Leprosy in India: report of the Leprosy Commission in India, 1890-91
Year: 1890
Disease focus: Leprosy
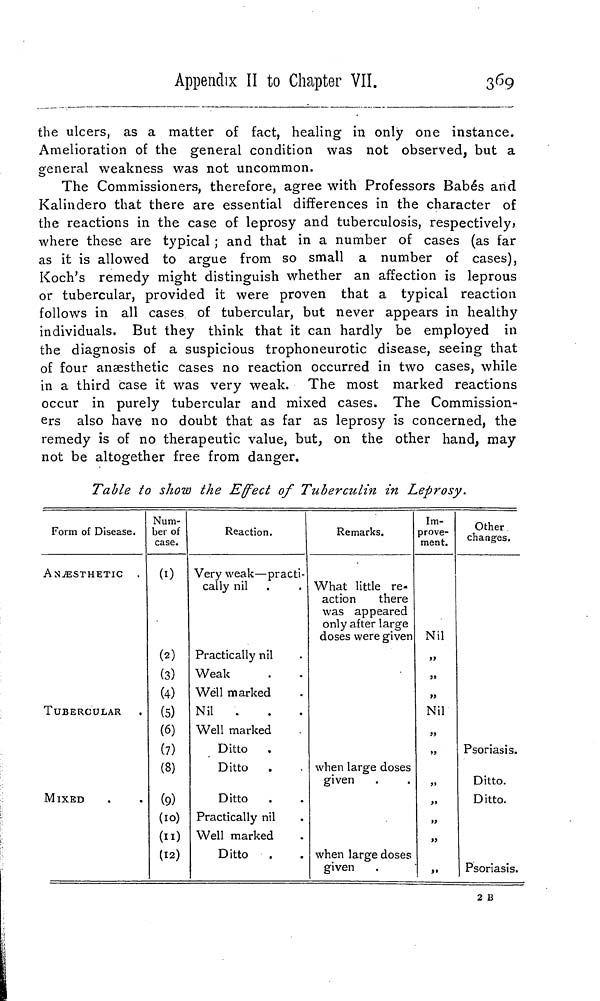
Appendix II to Chapter VII.
369
the ulcers, as a matter of fact, healing in only one instance.
Amelioration of the general condition was not observed, but a
general weakness was not uncommon.
The Commissioners, therefore, agree with Professors Babés and
Kalindero that there are essential differences in the character of
the reactions in the case of leprosy and tuberculosis, respectively»
where these are typical ; and that in a number of cases (as far
as it is allowed to argue from so small a number of cases),
Koch's remedy might distinguish whether an affection is leprous
or tubercular, provided it were proven that a typical reaction
follows in all cases of tubercular, but never appears in healthy
individuals. But they think that it can hardly be employed in
the diagnosis of a suspicious trophoneurotic disease, seeing that
of four anaesthetic cases no reaction occurred in two cases, while
in a third case it was very weak. The most marked reactions
occur in purely tubercular and mixed cases. The Commission-
ers also have no doubt that as far as leprosy is concerned, the
remedy is of no therapeutic value, but, on the other hand, may
not be altogether free from danger.
Table to show the Effect of Tuberculin in Leprosy.
Form of Disease.
ANÆSTHETIC
.
TUBERCULAR
MIXED
Num-
ber of
case.
(0
(2)
(3)
(4)
(5)
(6)
(7)
(8)
(9)
(10)
(11)
(12)
Reaction.
Very weak—practi-
cally nil
Practically nil
Weak
Well marked
Nil
...
Well marked
Ditto
Ditto
Ditto
Practically nil
Well marked
Ditto
Remarks.
What little re-
action
there
was appeared
only after large
doses were given
when large doses
given
when large doses
given
Im-
prove-
ment.
Nil
,,
»
Nil
„
„
„
»?
><
Other
changes.
Psoriasis.
Ditto.
Ditto.
Psoriasis.
2 B